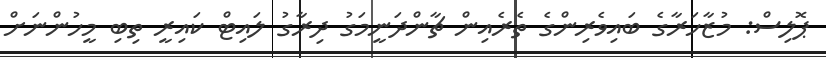
ޕޮލިސް: މުޒާހަރާގެ ބައިވެރިންގެ ތެރެއިން ޗާންދަނީމަގު ދިރާގު ލައިޓް ކައިރީ ތިބި މީހުންނަަށް